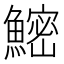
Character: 𬵨